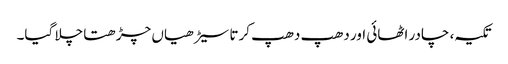
تکیہ، چادر اٹھائی اور دھپ دھپ کرتا سیڑھیاں چڑھتا چلا گیا۔